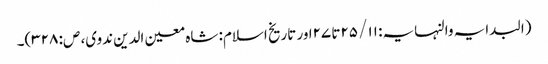
(البدایہ والنہایہ: ۱۱/ ۲۵تا ۲۷اور تاریخ اسلام: شاہ معین الدین ندوی، ص: ۳۲۸)۔